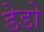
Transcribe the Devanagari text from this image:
डेडो